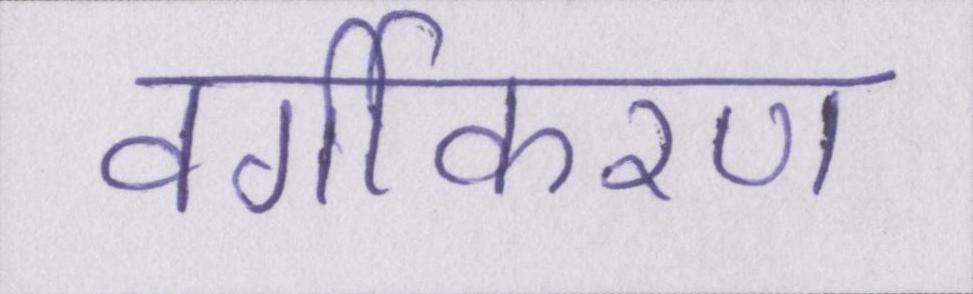
वर्गीकरण